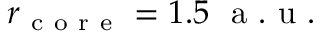
r _ { \mathrm { ~ c ~ o ~ r ~ e ~ } } = 1 . 5 \ \mathrm { ~ a ~ . ~ u ~ . ~ }